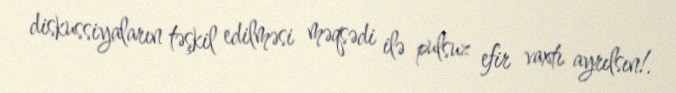
diskussiyaların təşkil edilməsi məqsədi ilə pulsuz efir vaxtı ayrılsın!.